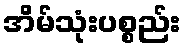
အိမ်သုံးပစ္စည်း